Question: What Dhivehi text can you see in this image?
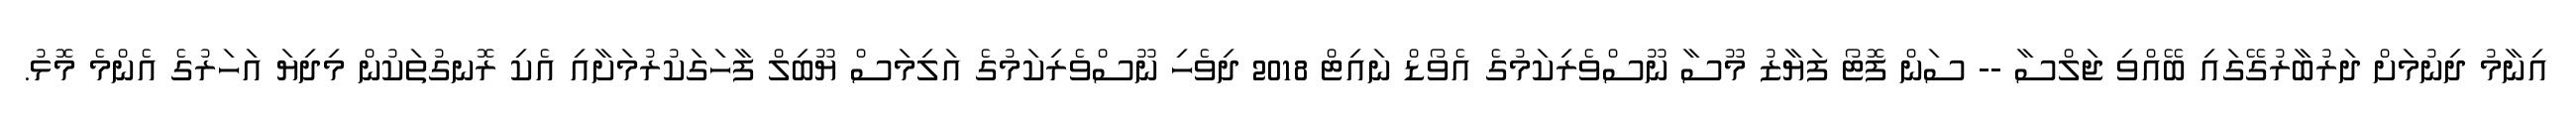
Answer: އިނާމު ދިނުމަށް ދަރުބާރުގޭގައި ބޭއްވި ޖަލްސާ -- ސަން ފޮޓޯ ފަޔާޒު މޫސާ ނޫސްވެރިކަމުގެ އެވޯޑް ނައިޓް 2018 ދިވެހި ނޫސްވެރިކަމުގެ އަލިމަސް ޔޫބިލް ފާހަގަކުރުމަށާއި އެކި ރޮނގުތަކުން މިދިޔަ އަހަރުގެ އެންމެ މޮޅު.